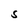
Character: S